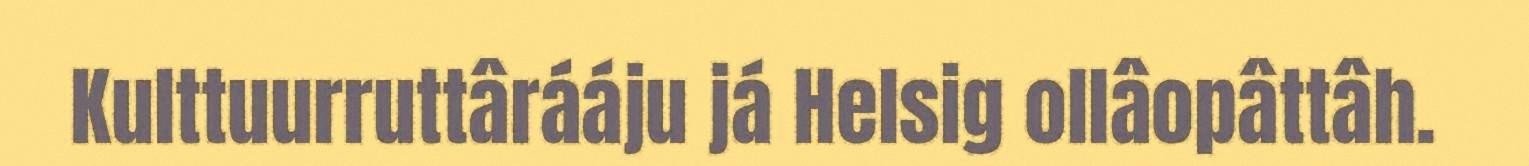
Kulttuurruttârááju já Helsig ollâopâttâh.